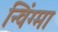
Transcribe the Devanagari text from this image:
न्विंग्मा